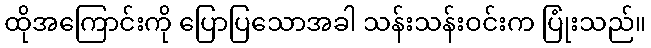
ထိုအကြောင်းကို ပြောပြသောအခါ သန်းသန်းဝင်းက ပြုံးသည်။